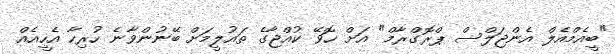
"ބީއެމްއެލް އެންޖަލްސް ޕްރޮގްރާމް" އަށް ހޮވޭ ކުއްޖާގެ ތައުލީމަށް ބޭނުންވާނެ ހުރިހާ އެހީއެއް